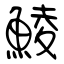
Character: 鯪